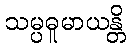
သမ္ပဓူမာယန္တိ